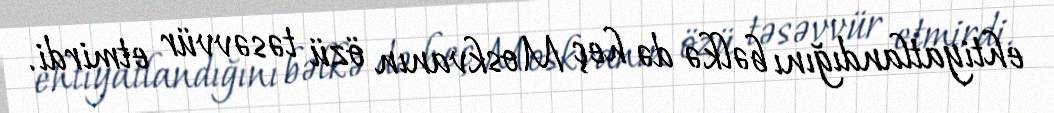
ehtiyatlandığını bəlkə də heç Moskvanın özü təsəvvür etmirdi.